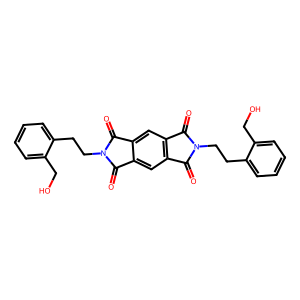
SMILES: O=c1c2cc3c(=O)n(CCc4ccccc4CO)c(=O)c3cc2c(=O)n1CCc1ccccc1CO
Inhibits HIV replication: No